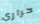
حراري